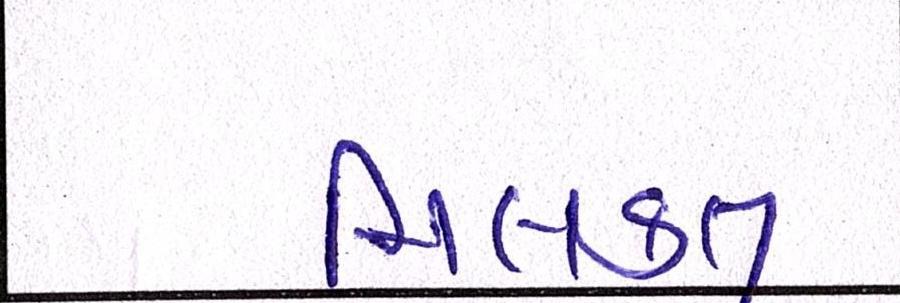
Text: મિલકત